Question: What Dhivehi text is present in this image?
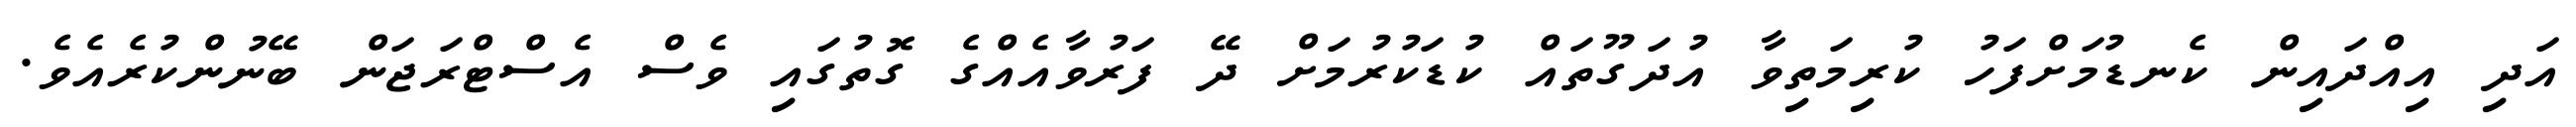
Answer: އަދި އިއްދައިން ކެނޑުމަށްފަހު ކުރިމަތިވާ އުދަގޫތައް ކުޑަކުރުމަށް ދޭ ފަރުވާއެއްގެ ގޮތުގައި ވެސް އެސްޓްރަޖަން ބޭނުންކުރެއެވެ.